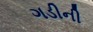
ગડીની